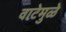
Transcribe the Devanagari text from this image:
वाटेमुळे